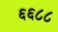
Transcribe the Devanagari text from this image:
६६८८